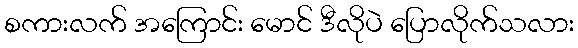
စကားလက် အကြောင်း မောင် ဒီလိုပဲ ပြောလိုက်သလား